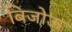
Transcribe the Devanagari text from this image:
बिजोऊ